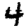
Digit: 4